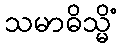
သမာဓိသ္မိံ